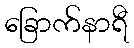
ခြောက်နာရီ